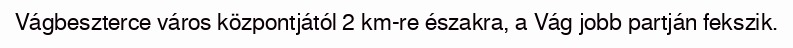
Vágbeszterce város központjától 2 km-re északra, a Vág jobb partján fekszik.